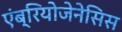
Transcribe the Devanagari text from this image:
एंब्रियोजेनेसिस